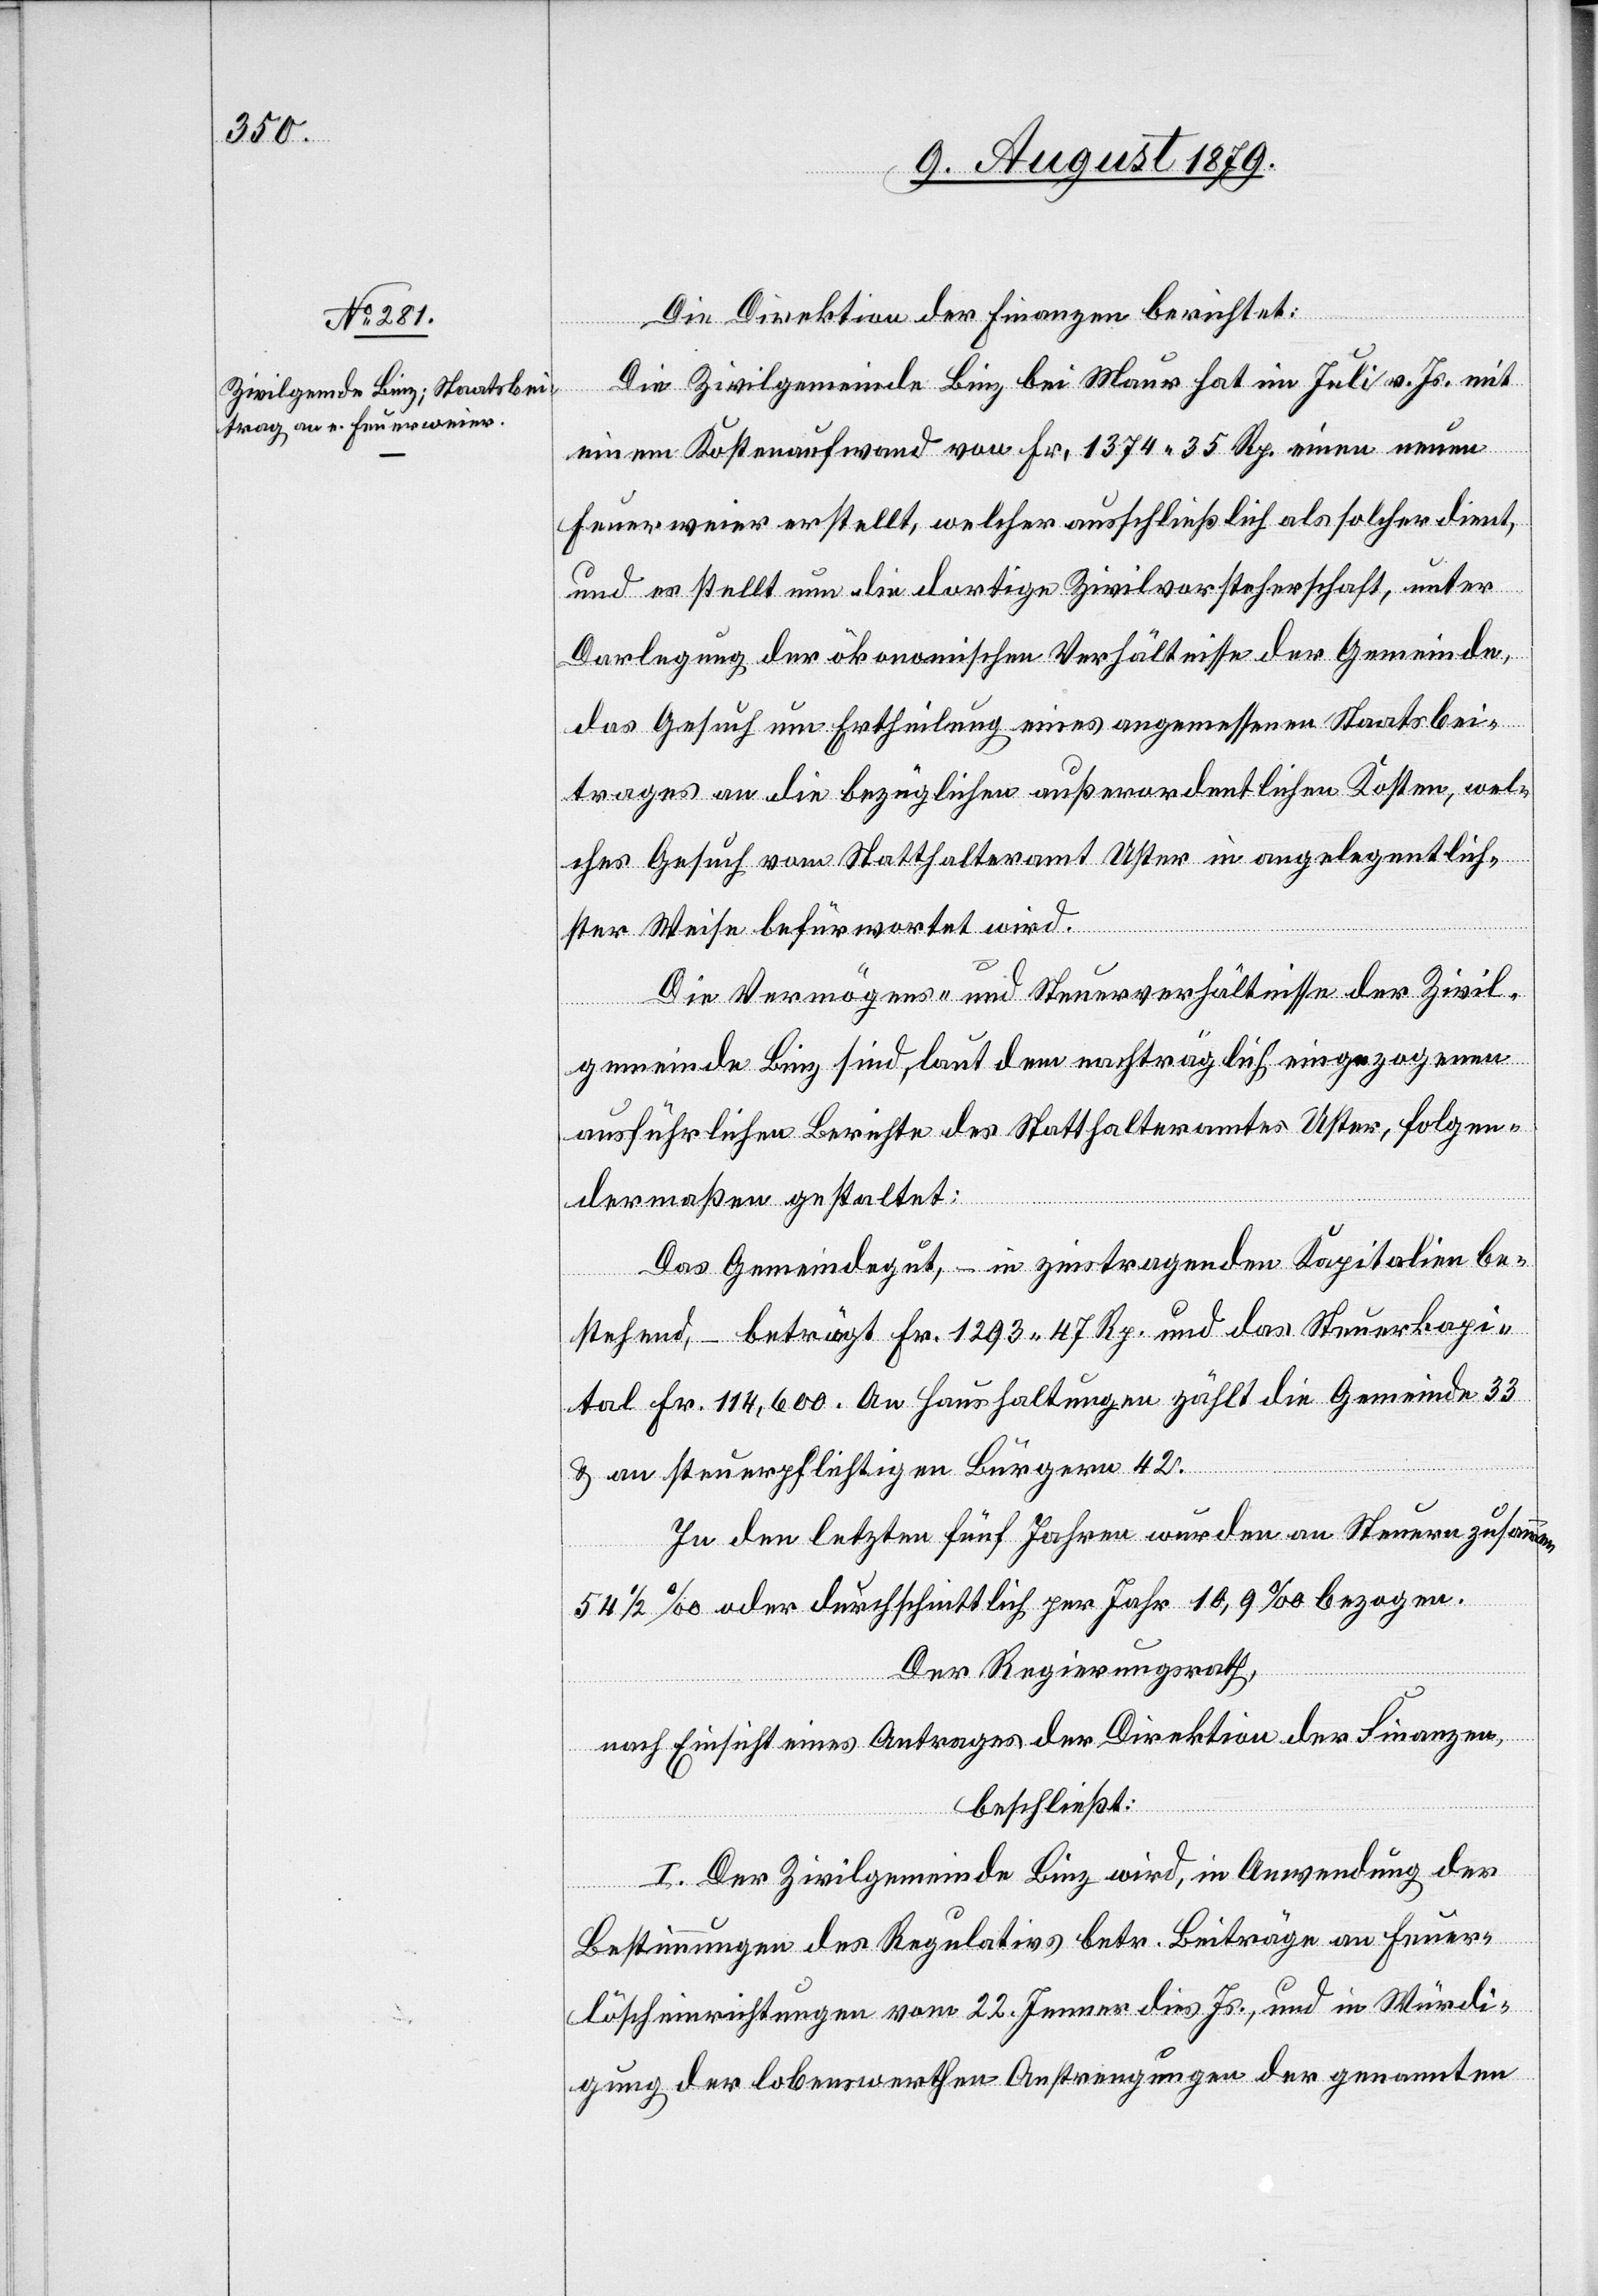
Die Direktion der Finanzen berichtet:
Die Zivilgemeinde Binz bei Maur hat im Juli v. Js. mit
einem Kostenaufwand von Fr. 1374 35 Rp. einen neuen
Feuerweier erstellt, welcher ausschließlich als solcher dient,
und es stellt nun die dortige Zivilvorsteherschaft, unter
Darlegung der ökonomischen Verhältnisse der Gemeinde,
das Gesuch um Ertheilung eines angemessenen Staatsbei¬
trages an die bezüglichen außerordentlichen Kosten, wel¬
ches Gesuch vom Statthalteramt Uster in angelegentlich¬
ster Weise befürwortet wird.
Die Vermögens- und Steuerverhältnisse der Zivil¬
gemeinde Binz sind, laut dem nachträglich eingezogenen
ausführlichen Berichte des Statthalteramtes Uster, folgen¬
dermaßen gestattet:
Das Gemeindegut, – in zinstragenden Kapitalien be¬
stehend, – beträgt Fr. 1293 47 Rp. und das Steuerkapi¬
tal Fr. 114,600. An Haushaltungen zählt die Gemeinde 33
& am steuerpflichtigen Bürgern 42.
In den letzten fünf Jahren wurden an Steuern zusammen
54 1/2‰ oder durchschnittlich per Jahr 10,9‰ bezogen.
Der Regierungsrath,
nach Einsicht eines Antrages der Direktion der Finanzen,
beschließt:
I. Der Zivilgemeinde Binz wird, in Anwendung der
Bestimmungen des Regulativs betr. Beiträge an Feuer¬
löscheinrichtungen vom 22. Jenner dies Js., und in Würdi¬
gung der lobenswerthen Anstrengungen der genannten